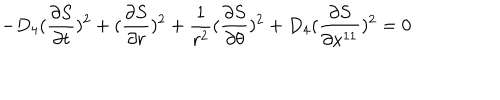
LaTeX: - D _ { 4 } ( { \frac { \partial S } { \partial t } } ) ^ { 2 } + ( { \frac { \partial S } { \partial r } } ) ^ { 2 } + { \frac { 1 } { r ^ { 2 } } } ( { \frac { \partial S } { \partial \theta } } ) ^ { 2 } + D _ { 4 } ( { \frac { \partial S } { \partial x ^ { 1 1 } } } ) ^ { 2 } = 0 ~